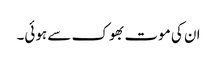
ان کی موت بھوک سے ہوئی۔